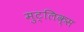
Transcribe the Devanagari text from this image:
मुट्लिक्स